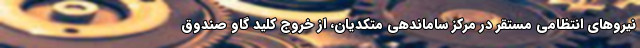
نیروهای انتظامی مستقر در مرکز ساماندهی متکدیان، از خروج کلید گاو صندوق